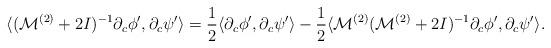
LaTeX: \begin{align*} \langle (\mathcal{M}^{(2)}+2I)^{-1}\partial_c\phi',\partial_c\psi' \rangle =\frac{1}{2}\langle \partial_c\phi',\partial_c\psi' \rangle-\frac{1}{2}\langle \mathcal{M}^{(2)}(\mathcal{M}^{(2)}+2I)^{-1}\partial_c\phi',\partial_c\psi' \rangle.\end{align*}